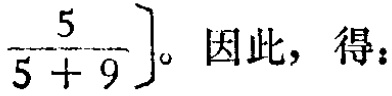
$\frac{5}{5 + 9} 。$